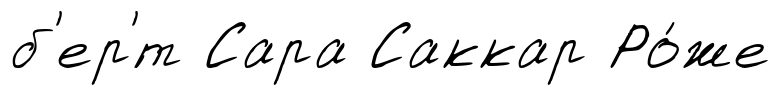
б'ер'́т Сара Саккар Ро́же